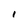
Character: I